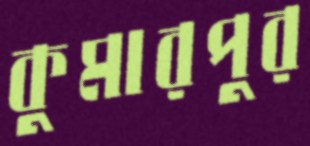
কুমারপুর